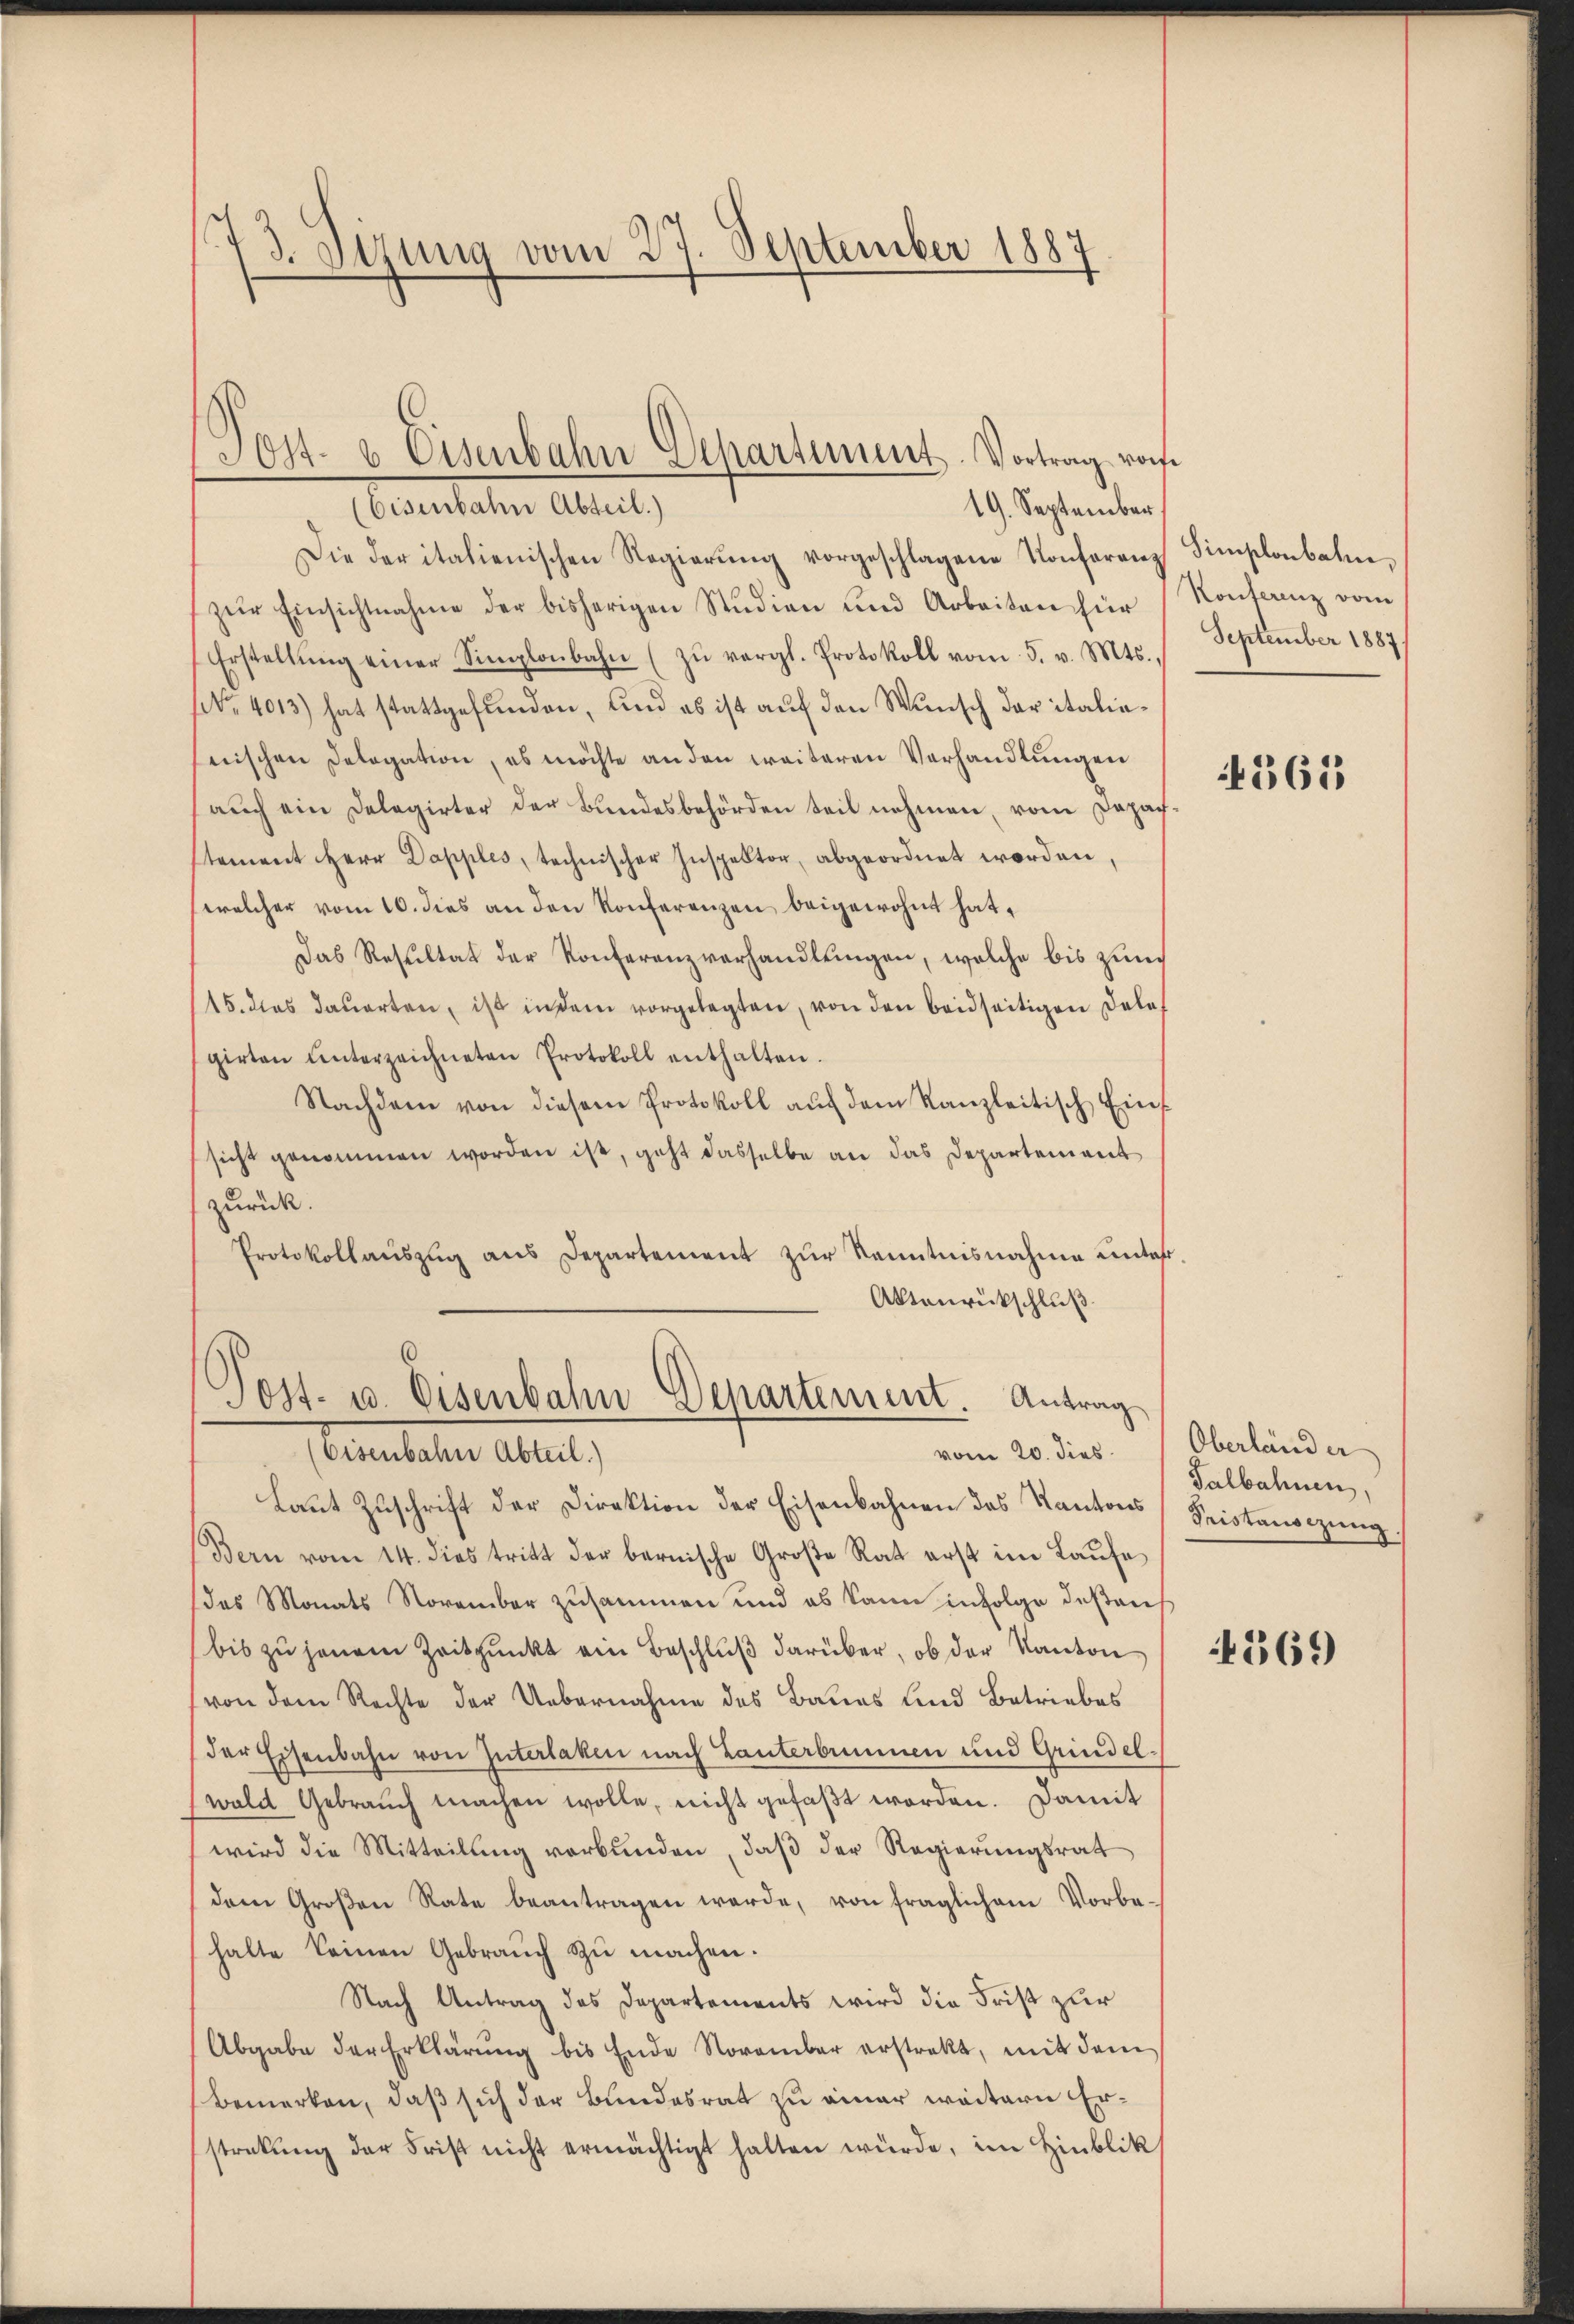
73. Sizung vom 27. September 1887

19. September
Eisenbahn Abteil.)
Die der italienischen Regierung vorgeschlagene Konferenz Simplonbahnezŭr Einsichtnahme der bisherigen Studien und Arbeiten für
Erstellŭng einer Simplonbahn (zŭ vergl. Protokoll vom 5. v. Mts.,
NNo. 4013) hat stattgefunden, und es ist auf den Wunsch daritalieseischen Delegation, es möchte an den weiteren Verhandlungen
auch ein Delegirter der Bundesbehörden teil nehmen, vom Depach-
stement Herr Dapples, technischer Inspektor, abgeordnet worden.
(welcher vom 10. dies an den Konferenzen beigewohnt hat,
Das Resultat der Konferenzverhandlungen, welche bis zum
15. das dauerten, ist in dem vorgelegten, von den beidseitigen Dele
girten ŭnterzeichneten Protokoll enthalten.
Nachdem von diesem Protokoll aŭf dem Kanzleitisch Einsicht genommen worden ist, geht dasselbe an das Departement
zurück.
Protokollaŭszŭg aŭs Departement zŭr Kenntnisnahme unter-
Aktenrückschluß
Post- u. Eisenbahn Departement. Antrag
vom 20. dies
(Eisenbahn Abteil.)
Laŭt Zŭschrift der Direktion der Eisenbahnen des Kantons Seitensizung
Bern vom 14. dies tritt der bernische Große Rat erst im Laufe
(das Monats November zusammen und es kann infolge desaus
bis zu jenem Zeitpunkt ein Beschluß darüber, ob der Kanton
von dem Rechte der Uebernahme des Baues und Betriebes
der Eisenbahn von Interlaken nach Lanterbummen und Grindelwald Gebrauch machen wolle, nicht gefaßt worden. Damit
wird die Mitteilung verbunden, daß der Regierungsrat
dem Großen Rate beantragen werde, von fraglichem Vorbe-
halte keinen Gebraŭch zŭ machen.
Nach Antrag des Departements wird die Frist zur
Abgabe der Erklärŭng bis Ende November erstrakt, mit dem
Bemerken, daß sich der Bundesrat zu einer weitern Erstrekŭng der Frist nicht ermächtigt halten würde, im Hinblik

Jost- & Eisenbahn Departement. Vortrag rose

Konferenz vom
September 1887/

365

Oberländer
Salbahnen,

369